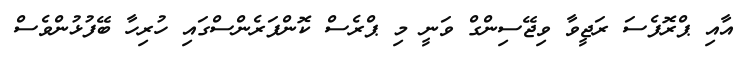
އާއި ޕްރޮފެސަ ރަޖީވާ ވިޖޭސިންގް ވަނީ މި ޕްރެސް ކޮންފަރެންސްގައި ހުރިހާ ބޭފުޅުންވެސް